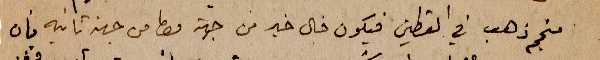
منجم ذهب في القطين فيكون فال خير من جهة واما من جهة ثانية فان